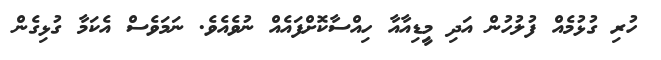
ހުރި ގުޅުމެއް ފުލުހުން އަދި މީިޑިއާއާ ހިއްސާކޮށްފައެއް ނުވެއެވެ. ނަމަވެސް އެކަމާ ގުޅިގެން